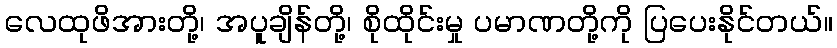
လေထုဖိအားတို့၊ အပူချိန်တို့၊ စိုထိုင်းမှု ပမာဏတို့ကို ပြပေးနိုင်တယ်။